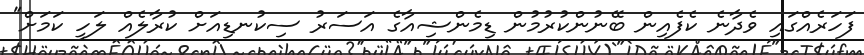
ފަހަރެއްގައި ވެދާނެ ކެފެއިން ބޭނުންކުރުމުން ޑިމެންޝިއާގެ އަސަރު ސިކުނޑިއަށް ކުރާލެއް ލަހީ ކަމަށް"